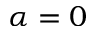
\alpha = 0